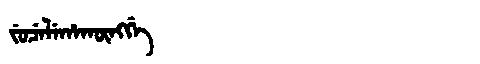
Manchu: ᠵᡠᠴᡝᠯᡝᡥᠠᡴᡡᠩᡤᡝ
Romanization: JUCELEHAKŪNGGE